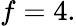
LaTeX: f=4.